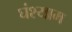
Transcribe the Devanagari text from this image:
घंश्याम